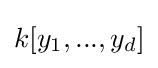
k[y_{1},...,y_{d}]